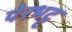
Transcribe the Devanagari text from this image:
पेरभट्ट